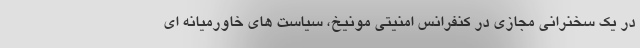
در یک سخنرانی مجازی در کنفرانس امنیتی مونیخ، سیاست های خاورمیانه ای